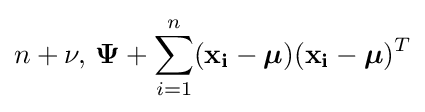
n+\nu ,\,{\boldsymbol {\Psi }}+\sum _{i=1}^{n}(\mathbf {x_{i}} -{\boldsymbol {\mu }})(\mathbf {x_{i}} -{\boldsymbol {\mu }})^{T}